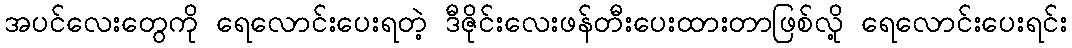
အပင်လေးတွေကို ရေလောင်းပေးရတဲ့ ဒီဇိုင်းလေးဖန်တီးပေးထားတာဖြစ်လို့ ရေလောင်းပေးရင်း